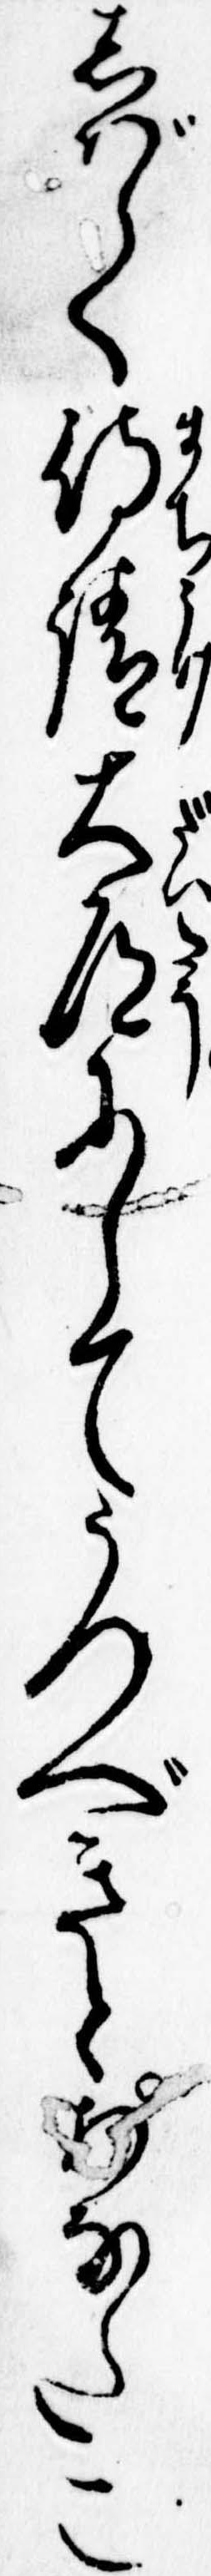
しばらく待請大道にしてうつべきとあなたこ